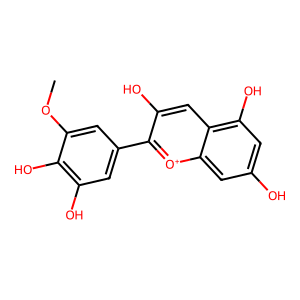
SMILES: COc1cc(-c2[o+]c3cc(O)cc(O)c3cc2O)cc(O)c1O
Inhibits HIV replication: No